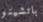
باتشينو